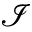
\mathcal { I }